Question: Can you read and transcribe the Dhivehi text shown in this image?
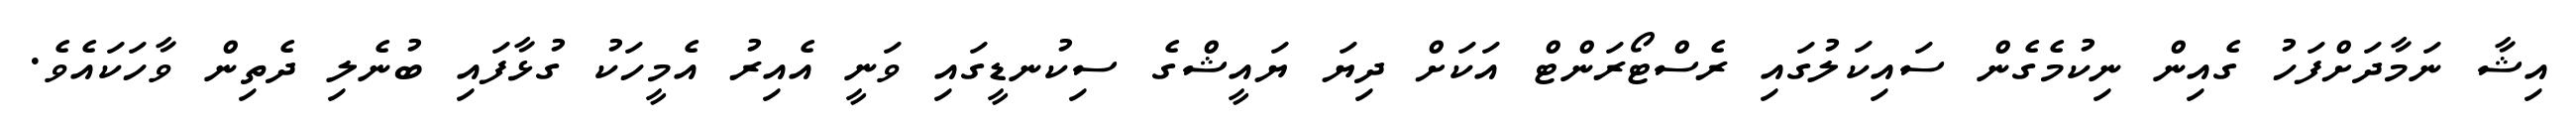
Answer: އިޝާ ނަމާދަށްފަހު ގެއިން ނިކުމެގެން ސައިކަލުގައި ރެސްޓޯރަންޓް އަކަށް ދިޔަ ޔައީޝްގެ ސިކުނޑީގައި ވަނީ އެއިރު އެމީހަކު ގުޅާފައި ބުނެލި ދެތިން ވާހަކައެވެ.